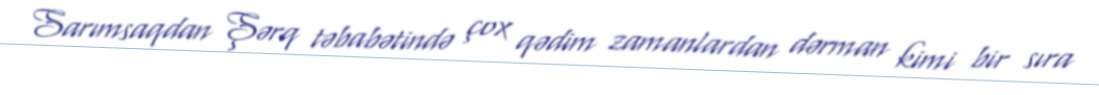
Sarımsaqdan Şərq təbabətində çox qədim zamanlardan dərman kimi bir sıra